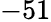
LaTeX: -51